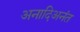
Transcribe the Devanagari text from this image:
अनादिअनंत